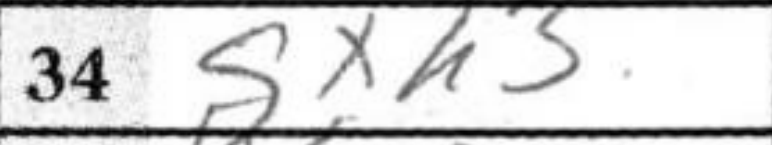
Transcription: gxh3